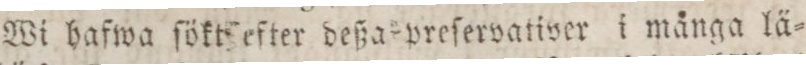
Wi hafwa ſökt efter deßa preſervativer i många lä=